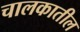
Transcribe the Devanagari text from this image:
चालकातील